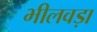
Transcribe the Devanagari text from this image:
भीलवड़ा